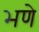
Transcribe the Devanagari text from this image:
भणे